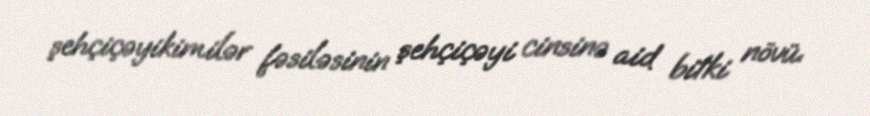
şehçiçəyikimilər fəsiləsinin şehçiçəyi cinsinə aid bitki növü.